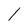
Character: l